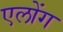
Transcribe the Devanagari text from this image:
एलोंग